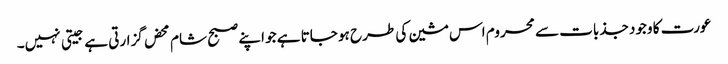
عورت کا وجود جذبات سے محروم اس مشین کی طرح ہو جاتا ہے جو اپنے صبح شام محض گزارتی ہے جیتی نہیں۔